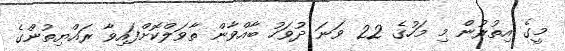
މީގެ އިތުރުން މި މަހުގެ 22 ވަނަ ދުވަހު ބާއްވާން ތާވަލްކޮށްފައިވާ ރައްޔިތުންގެ